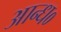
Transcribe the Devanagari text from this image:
आन्ध०